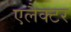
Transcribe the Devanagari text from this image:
एलैक्टर